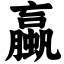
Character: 蠃